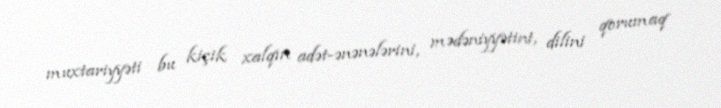
muxtariyyəti bu kiçik xalqın adət-ənənələrini, mədəniyyətini, dilini qorumaq